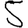
Digit: 5